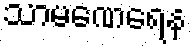
သာမဏေရေန